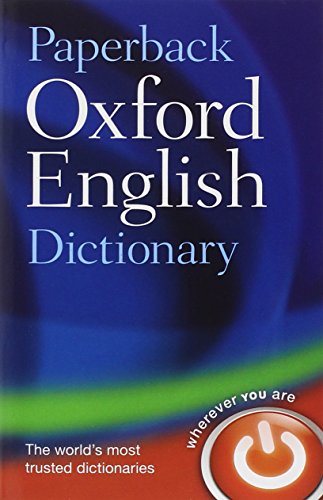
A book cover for Paperback Oxford English Dictionary; Oxford Dictionaries; Reference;